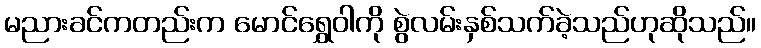
မညားခင်ကတည်းက မောင်ရွှေဝါကို စွဲလမ်းနှစ်သက်ခဲ့သည်ဟုဆိုသည်။